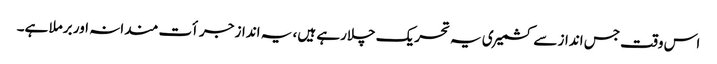
اس وقت جس انداز سے کشمیری یہ تحریک چلارہے ہیں، یہ انداز جرأت مندانہ اور برملا ہے۔